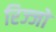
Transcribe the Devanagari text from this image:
रिज्‍जो